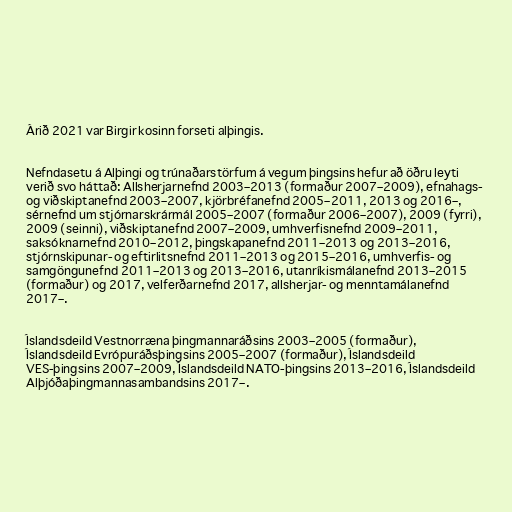
Árið 2021 var Birgir kosinn forseti alþingis.

Nefndasetu á Alþingi og trúnaðarstörfum á vegum þingsins hefur að öðru leyti
verið svo háttað: Allsherjarnefnd 2003–2013 (formaður 2007–2009), efnahags-
og viðskiptanefnd 2003–2007, kjörbréfanefnd 2005–2011, 2013 og 2016–,
sérnefnd um stjórnarskrármál 2005–2007 (formaður 2006–2007), 2009 (fyrri),
2009 (seinni), viðskiptanefnd 2007–2009, umhverfisnefnd 2009–2011,
saksóknarnefnd 2010–2012, þingskapanefnd 2011–2013 og 2013–2016,
stjórnskipunar- og eftirlitsnefnd 2011–2013 og 2015–2016, umhverfis- og
samgöngunefnd 2011–2013 og 2013–2016, utanríkismálanefnd 2013–2015
(formaður) og 2017, velferðarnefnd 2017, allsherjar- og menntamálanefnd
2017–.

Íslandsdeild Vestnorræna þingmannaráðsins 2003–2005 (formaður),
Íslandsdeild Evrópuráðsþingsins 2005–2007 (formaður), Íslandsdeild
VES-þingsins 2007–2009, Íslandsdeild NATO-þingsins 2013–2016, Íslandsdeild
Alþjóðaþingmannasambandsins 2017–.